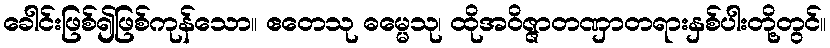
ခေါင်းဖြစ်၍ဖြစ်ကုန်သော။ ဧတေသု ဓမ္မေသု၊ ထိုအဝိဇ္ဇာတဏှာတရားနှစ်ပါးတို့တွင်။